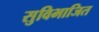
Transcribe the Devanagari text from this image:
सुविभाजित